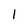
Character: 1